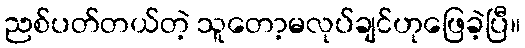
ညစ်ပတ်တယ်တဲ့ သူတော့မလုပ်ချင်ဟုဖြေခဲ့ပြီ။